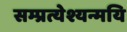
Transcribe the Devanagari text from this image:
सम्प्रत्येश्यन्मयि